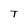
Character: T